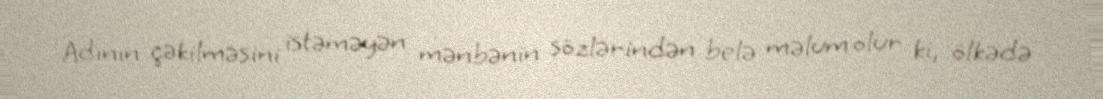
Adının çəkilməsini istəməyən mənbənin sözlərindən belə məlum olur ki, ölkədə